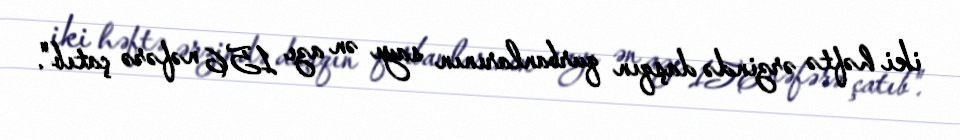
iki həftə ərzində daşqın qurbanlarının sayı ən azı 156 nəfərə çatıb".